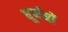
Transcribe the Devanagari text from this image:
घूर्णनों